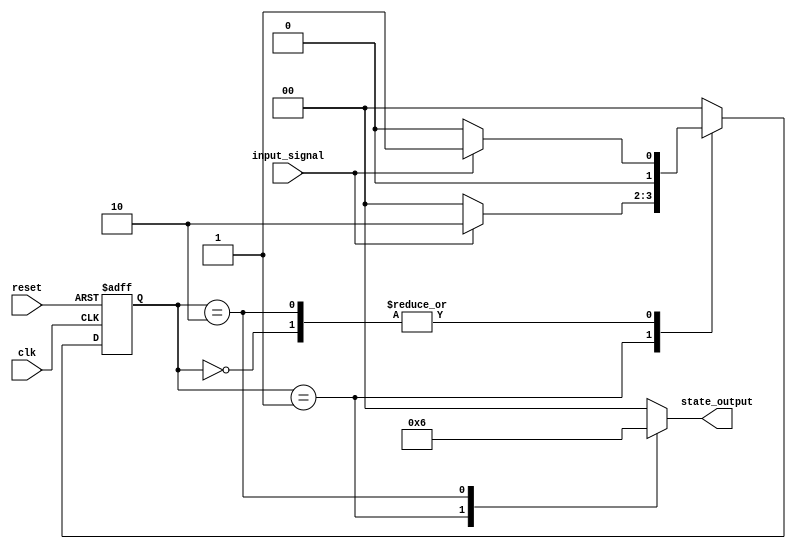
module moore_state_machine (
    input wire clk,        // Clock input
    input wire reset,      // Asynchronous reset
    input wire input_signal, // Input signal for state transitions
    output reg [1:0] state_output // 2-bit output for current state
);

// State encoding
localparam S0 = 2'b00, // State 0
           S1 = 2'b01, // State 1
           S2 = 2'b10; // State 2

// State register
reg [1:0] current_state, next_state;

// State transition logic
always @(*) begin
    case (current_state)
        S0: begin
            if (input_signal)
                next_state = S1; // Transition from S0 to S1
            else
                next_state = S0; // Stay in S0
        end

        S1: begin
            if (input_signal)
                next_state = S2; // Transition from S1 to S2
            else
                next_state = S0; // Transition from S1 to S0
        end

        S2: begin
            if (input_signal)
                next_state = S1; // Transition from S2 to S1
            else
                next_state = S0; // Transition from S2 to S0
        end

        default: next_state = S0; // Default to S0
    endcase
end

// State register update
always @(posedge clk or posedge reset) begin
    if (reset) begin
        current_state <= S0; // Asynchronous reset to initial state S0
    end else begin
        current_state <= next_state; // Update current state
    end
end

// Output logic (Moore Machine)
always @(current_state) begin
    case (current_state)
        S0: state_output = 2'b00; // Output for state S0
        S1: state_output = 2'b01; // Output for state S1
        S2: state_output = 2'b10; // Output for state S2
        default: state_output = 2'b00; // Default output
    endcase
end

endmodule